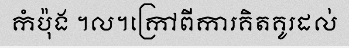
កំប៉ុង ។ល។ក្រៅពីការគិតគូរដល់